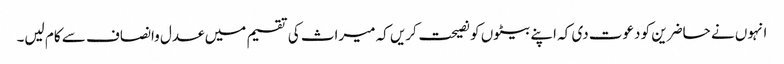
انہوں نے حاضرین کو دعوت دی کہ اپنے بیٹوں کو نصیحت کریں کہ میراث کی تقسیم میں عدل وانصاف سے کام لیں۔